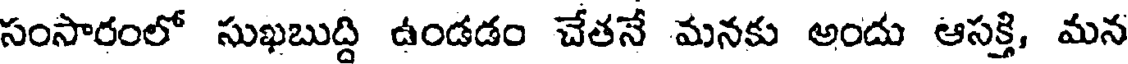
సంసారంలో సుఖబుద్ది ఉండడం చేతనే మనకు అందు ఆసక్తి, మన